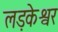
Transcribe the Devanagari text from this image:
लड़केश्वर